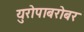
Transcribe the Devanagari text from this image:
युरोपाबरोबर